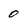
Character: 0